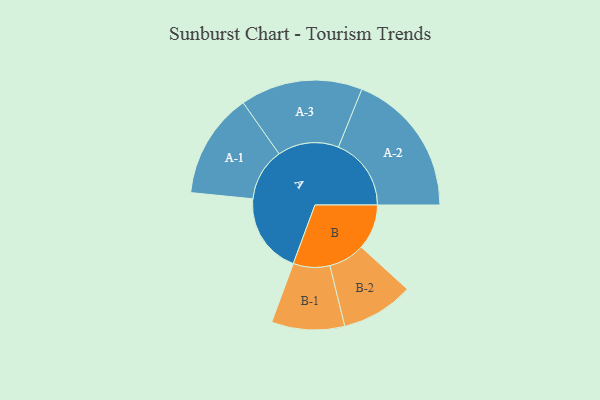
{"axis": {"x": "Segment", "y": "Value"}, "legend": ["", "A", "B"], "data": [{"x": "A", "y": 285, "type": ""}, {"x": "B", "y": 160, "type": ""}, {"x": "A-1", "y": 186, "type": "A"}, {"x": "A-2", "y": 257, "type": "A"}, {"x": "A-3", "y": 216, "type": "A"}, {"x": "B-1", "y": 129, "type": "B"}, {"x": "B-2", "y": 128, "type": "B"}]}